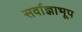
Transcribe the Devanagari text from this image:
सर्वाज्ञाभूप